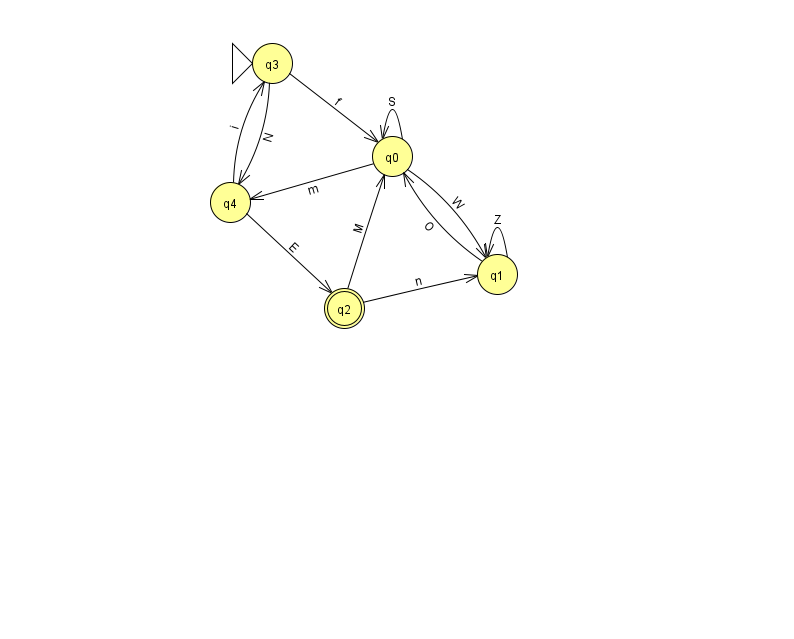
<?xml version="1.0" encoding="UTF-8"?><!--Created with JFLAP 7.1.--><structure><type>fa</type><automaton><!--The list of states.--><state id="0" name="q0"><x>392.0</x><y>143.0</y></state><state id="1" name="q1"><x>497.0</x><y>261.0</y></state><state id="2" name="q2"><x>344.0</x><y>295.0</y><final/></state><state id="3" name="q3"><x>272.0</x><y>50.0</y><initial/></state><state id="4" name="q4"><x>230.0</x><y>189.0</y></state><!--The list of transitions.--><transition><from>0</from><to>0</to><read>S</read></transition><transition><from>3</from><to>0</to><read>f</read></transition><transition><from>0</from><to>1</to><read>W</read></transition><transition><from>2</from><to>0</to><read>M</read></transition><transition><from>2</from><to>1</to><read>n</read></transition><transition><from>1</from><to>1</to><read>Z</read></transition><transition><from>3</from><to>4</to><read>N</read></transition><transition><from>4</from><to>3</to><read>i</read></transition><transition><from>0</from><to>4</to><read>m</read></transition><transition><from>1</from><to>0</to><read>O</read></transition><transition><from>4</from><to>2</to><read>E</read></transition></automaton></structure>